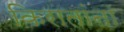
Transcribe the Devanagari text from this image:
किरातांना